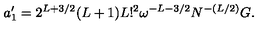
a _ { 1 } ^ { \prime } = 2 ^ { L + 3 / 2 } ( L + 1 ) L ! ^ { 2 } \omega ^ { - L - 3 / 2 } N ^ { - ( L / 2 ) } G .